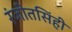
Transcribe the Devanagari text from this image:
रंजीतसिंही